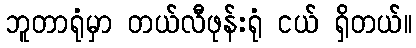
ဘူတာရုံမှာ တယ်လီဖုန်းရုံ ငယ် ရှိတယ်။